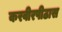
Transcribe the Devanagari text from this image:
करवीरपीठास